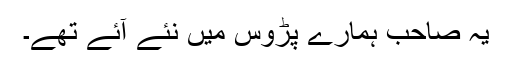
یہ صاحب ہمارے پڑوس میں نئے آئے تھے۔